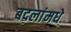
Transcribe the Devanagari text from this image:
बदलांमधे